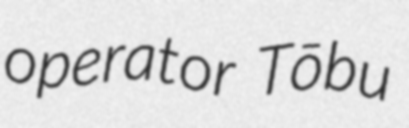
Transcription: operator Tōbu